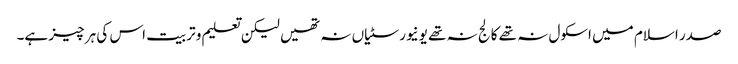
صدر اسلام میں اسکول نہ تھے کالج نہ تھے یونیورسٹیاں نہ تھیں لیکن تعلیم و تربیت اس کی ہر چیز ہے۔